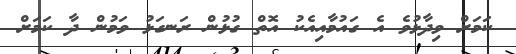
ކަމަށް ވިދާޅުވެ އެ ގައުމާއިއެކު އޮތް ގުޅުން ރަނގަޅު ވަމުން ދާ ކަމަށް